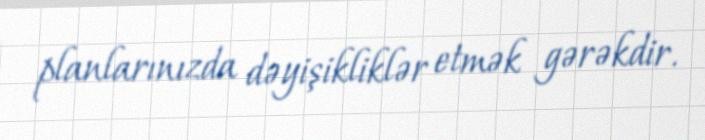
planlarınızda dəyişikliklər etmək gərəkdir.